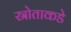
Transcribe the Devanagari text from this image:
स्रोताकडे